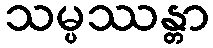
သမ္ပဿန္တာ